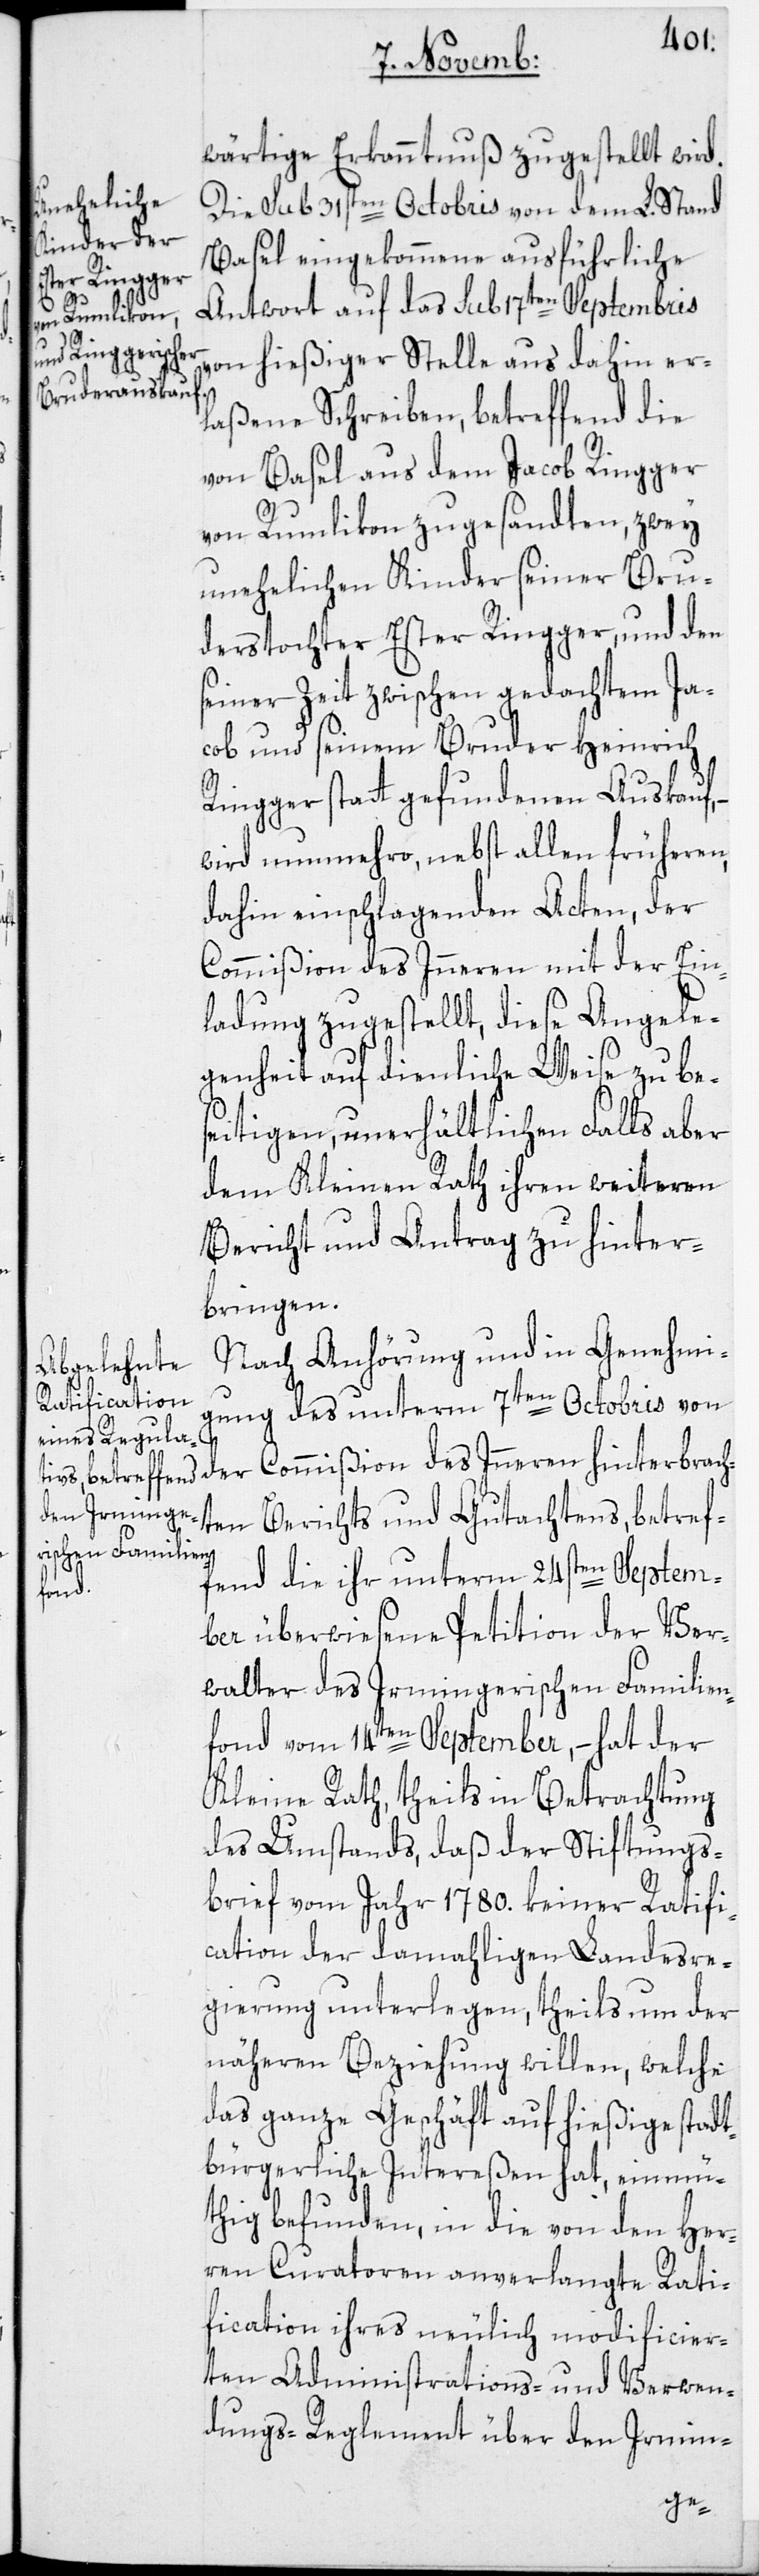
wärtige Erkanntnuß zugestellt wird.
Die sub 31sten Octobris von dem L. Stand
Basel eingekommene ausführliche
Antwort auf das sub 17ten Septembris
von hießiger Stelle aus dahin er¬
laßene Schreiben, betreffend die
von Basel aus dem Jacob Ringger
von Rumlikon zugesandten, zwey
unehelichen Kinder seiner Bru¬
derstochter Ester Ringger, und den
seiner Zeit zwischen gedachtem Ja¬
cob und seinem Bruder Heinrich
Ringger statt gefundenen Auskauf,
wird nunmehro, nebst allen früheren
dahin einschlagenden Acten, der
Commißion des Inneren mit der Ein¬
ladung zugestellt, diese Angele¬
genheit auf dienliche Weise zu bes¬
eitigen, unerhältlichen Falls aber
dem Kleinen Rath ihren weiteren
Bericht und Antrag zu hinter¬
bringen.
Nach Anhörung und in Genehmi¬
gung des unterm 7ten Octobris von
der Commißion des Inneren hinterbrach¬
ten Berichts und Gutachtens, betref¬
fend die ihr unterm 24sten Septem¬
ber überwiesene Petition der Ver¬
walter des Irmingerischen Familien¬
fond vom 14ten September, – hat der
Kleine Rath, theils in Betrachtung
des Umstands, daß der Stiftungs¬
brief vom Jahr 1780. keiner Ratifi¬
cation der damahligen Landesre¬
gierung unterlegen, theils um der
näheren Beziehung willen, welche
das ganze Geschäft auf hießige stadt¬
bürgerliche Intereßen hat, einmü¬
thig befunden, in die von den Her¬
ren Curatoren anverlangte Rati¬
fication ihres neulich modificier¬
ten Administrations- und Verwen¬
dungs-Reglement über den Irmin-